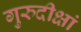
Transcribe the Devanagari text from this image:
गुरुदीक्षां